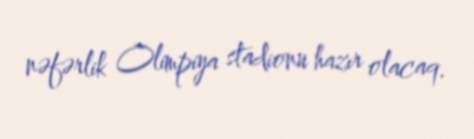
nəfərlik Olimpiya stadionu hazır olacaq.